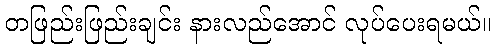
တဖြည်းဖြည်းချင်း နားလည်အောင် လုပ်ပေးရမယ်။